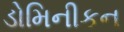
ડોમિનીકન